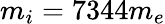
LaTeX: m_{i}=7344m_{e}